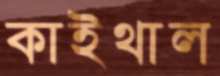
কাইথাল